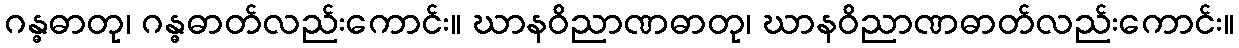
ဂန္ဓဓာတု၊ ဂန္ဓဓာတ်လည်းကောင်း။ ဃာနဝိညာဏဓာတု၊ ဃာနဝိညာဏဓာတ်လည်းကောင်း။